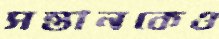
সন্তানকেও